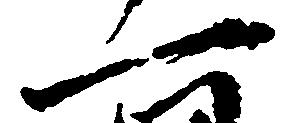
一